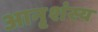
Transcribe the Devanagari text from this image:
आनृशंस्य